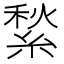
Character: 𦂎